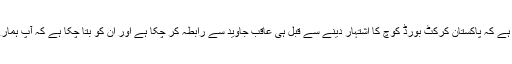
دلچسپ بات یہ ہے کہ پاکستان کرکٹ بورڈ کوچ کا اشتہار دینے سے قبل ہی عاقب جاوید سے رابطہ کر چکا ہے اور ان کو بتا چکا ہے کہ آپ ہمارے ذہن میں ہیں۔